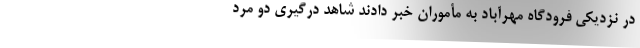
در نزدیکی فرودگاه مهرآباد به مأموران خبر دادند شاهد درگیری دو مرد